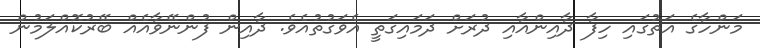
މަންހާގެ އަތުގައި ހިފާ ދާއިންއާއި ދުރަށް ދަމައިގަތީ އެވަގުތުއެވެ. ދާއިން ފުންނޭވާއެއް ބޭރުކޮއްލަމުން